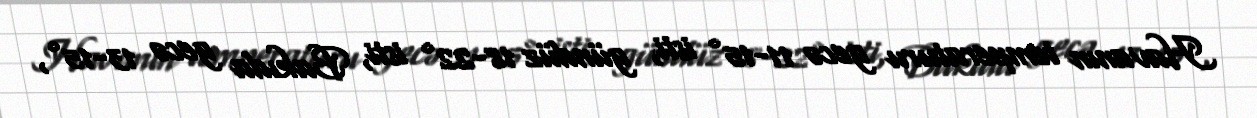
Havanın temperaturu gecə 11-15° isti, gündüz 18-22° isti, Bakıda gecə 13-15°,